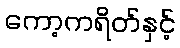
ကော့ကရိတ်နှင့်